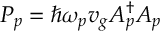
P _ { p } = \hbar \omega _ { p } v _ { g } A _ { p } ^ { \dag } A _ { p }